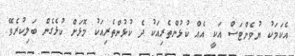
އެކަމަކު ޔުވެންޓަސް އަކީ އެއް ކުޅުންތެރިއަކު ދެ ކުޅުންތެރިއަކު މޮޅަށް ކުޅެގެން ބަލިކުރެވޭ